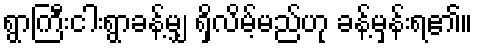
ရွာကြီးငါးရွာခန့်မျှ ရှိလိမ့်မည်ဟု ခန့်မှန်းရ၏။